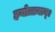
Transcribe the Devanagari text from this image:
हयोत्तमान्।